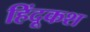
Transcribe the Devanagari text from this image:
हिंदूकश